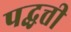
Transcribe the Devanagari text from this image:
पद्धत्ती